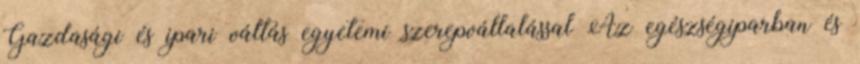
Gazdasági és ipari váltás egyetemi szerepvállalással Az egészségiparban és